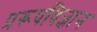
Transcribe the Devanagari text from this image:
प्ररूपविज्ञान